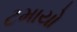
ટમાયો